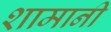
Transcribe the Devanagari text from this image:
शामानी